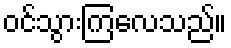
ဝင်သွားကြလေသည်။